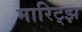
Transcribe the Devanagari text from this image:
मारिट्झ